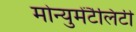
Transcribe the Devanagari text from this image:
मोन्युमेंटैलिटी